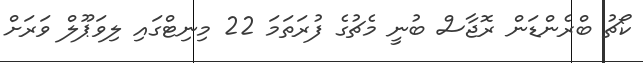
ކޯޗު ބްރެންޑަން ރޮޖާސް ބުނީ މެޗުގެ ފުރަތަމަ 22 މިނިޓްގައި ލިވަޕޫލް ވަރަށް